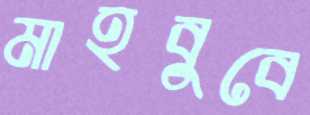
মাহবুবে